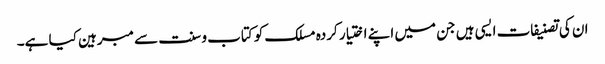
ان کی تصنیفات ایسی ہیں جن میں اپنے اختیار کردہ مسلک کو کتاب و سنت سے مبرہین کیا ہے۔